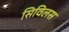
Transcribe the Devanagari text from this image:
सिविलस